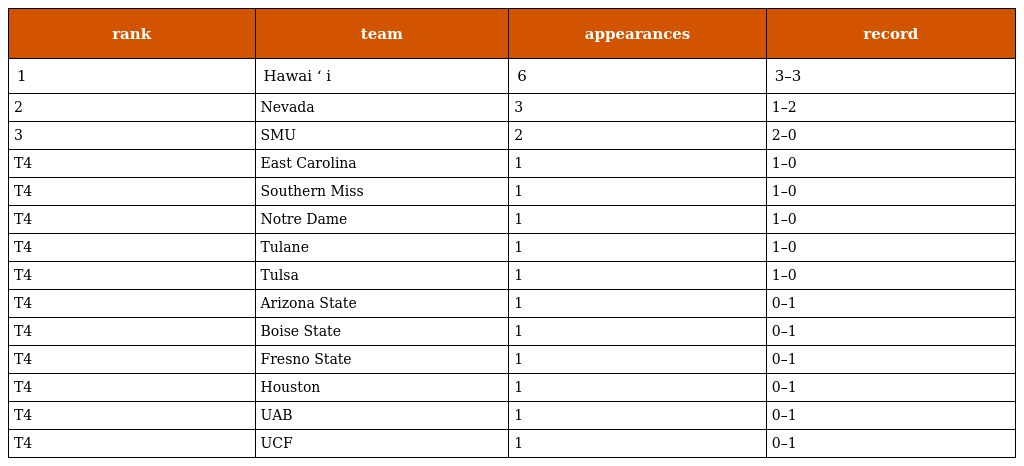
| rank | team | appearances | record |
 | --- | --- | --- | --- |
 | 1 | Hawai ʻ i | 6 | 3–3 |
 | 2 | Nevada | 3 | 1–2 |
 | 3 | SMU | 2 | 2–0 |
 | T4 | East Carolina | 1 | 1–0 |
 | T4 | Southern Miss | 1 | 1–0 |
 | T4 | Notre Dame | 1 | 1–0 |
 | T4 | Tulane | 1 | 1–0 |
 | T4 | Tulsa | 1 | 1–0 |
 | T4 | Arizona State | 1 | 0–1 |
 | T4 | Boise State | 1 | 0–1 |
 | T4 | Fresno State | 1 | 0–1 |
 | T4 | Houston | 1 | 0–1 |
 | T4 | UAB | 1 | 0–1 |
 | T4 | UCF | 1 | 0–1 |